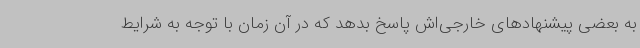
به بعضی پیشنهادهای خارجی‌اش پاسخ بدهد که در آن زمان با توجه به شرایط